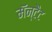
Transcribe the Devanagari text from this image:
मॅन्टैट